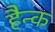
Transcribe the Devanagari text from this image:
हैन्क